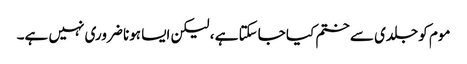
موم کو جلدی سے ختم کیا جاسکتا ہے ، لیکن ایسا ہونا ضروری نہیں ہے۔